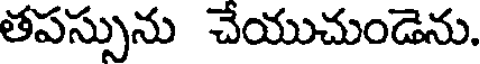
తపస్సును చేయుచుండెను.